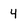
Character: 4